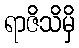
ရာဇိသိမှိ